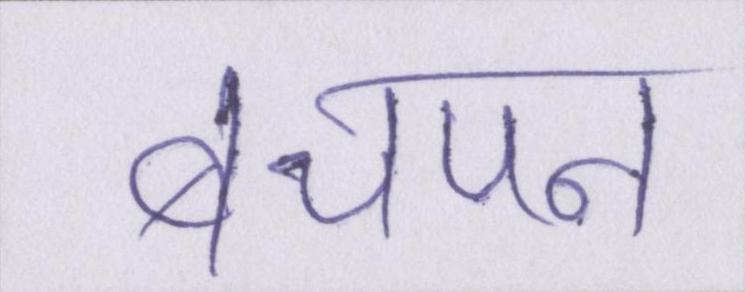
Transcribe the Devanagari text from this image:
बचपन